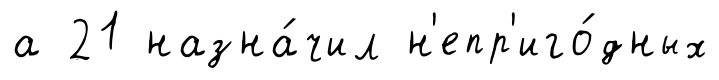
а 21 назна́чил н'епр'иго́дных